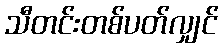
သီတင်းတစ်ပတ်လျှင်